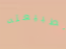
لطبيعته